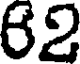
62